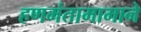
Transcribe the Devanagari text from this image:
हणमंतामामाने